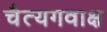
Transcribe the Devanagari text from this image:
चैत्यगवाक्ष